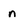
Character: n